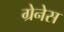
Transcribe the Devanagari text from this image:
ग्रेनेस